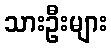
သားဦးများ